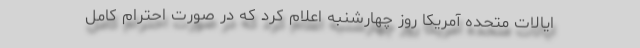
ایالات متحده آمریکا روز چهارشنبه اعلام کرد که در صورت احترام کامل